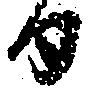
日